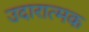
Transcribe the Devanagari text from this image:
उदारात्मक